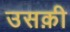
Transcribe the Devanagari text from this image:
उसक़ी